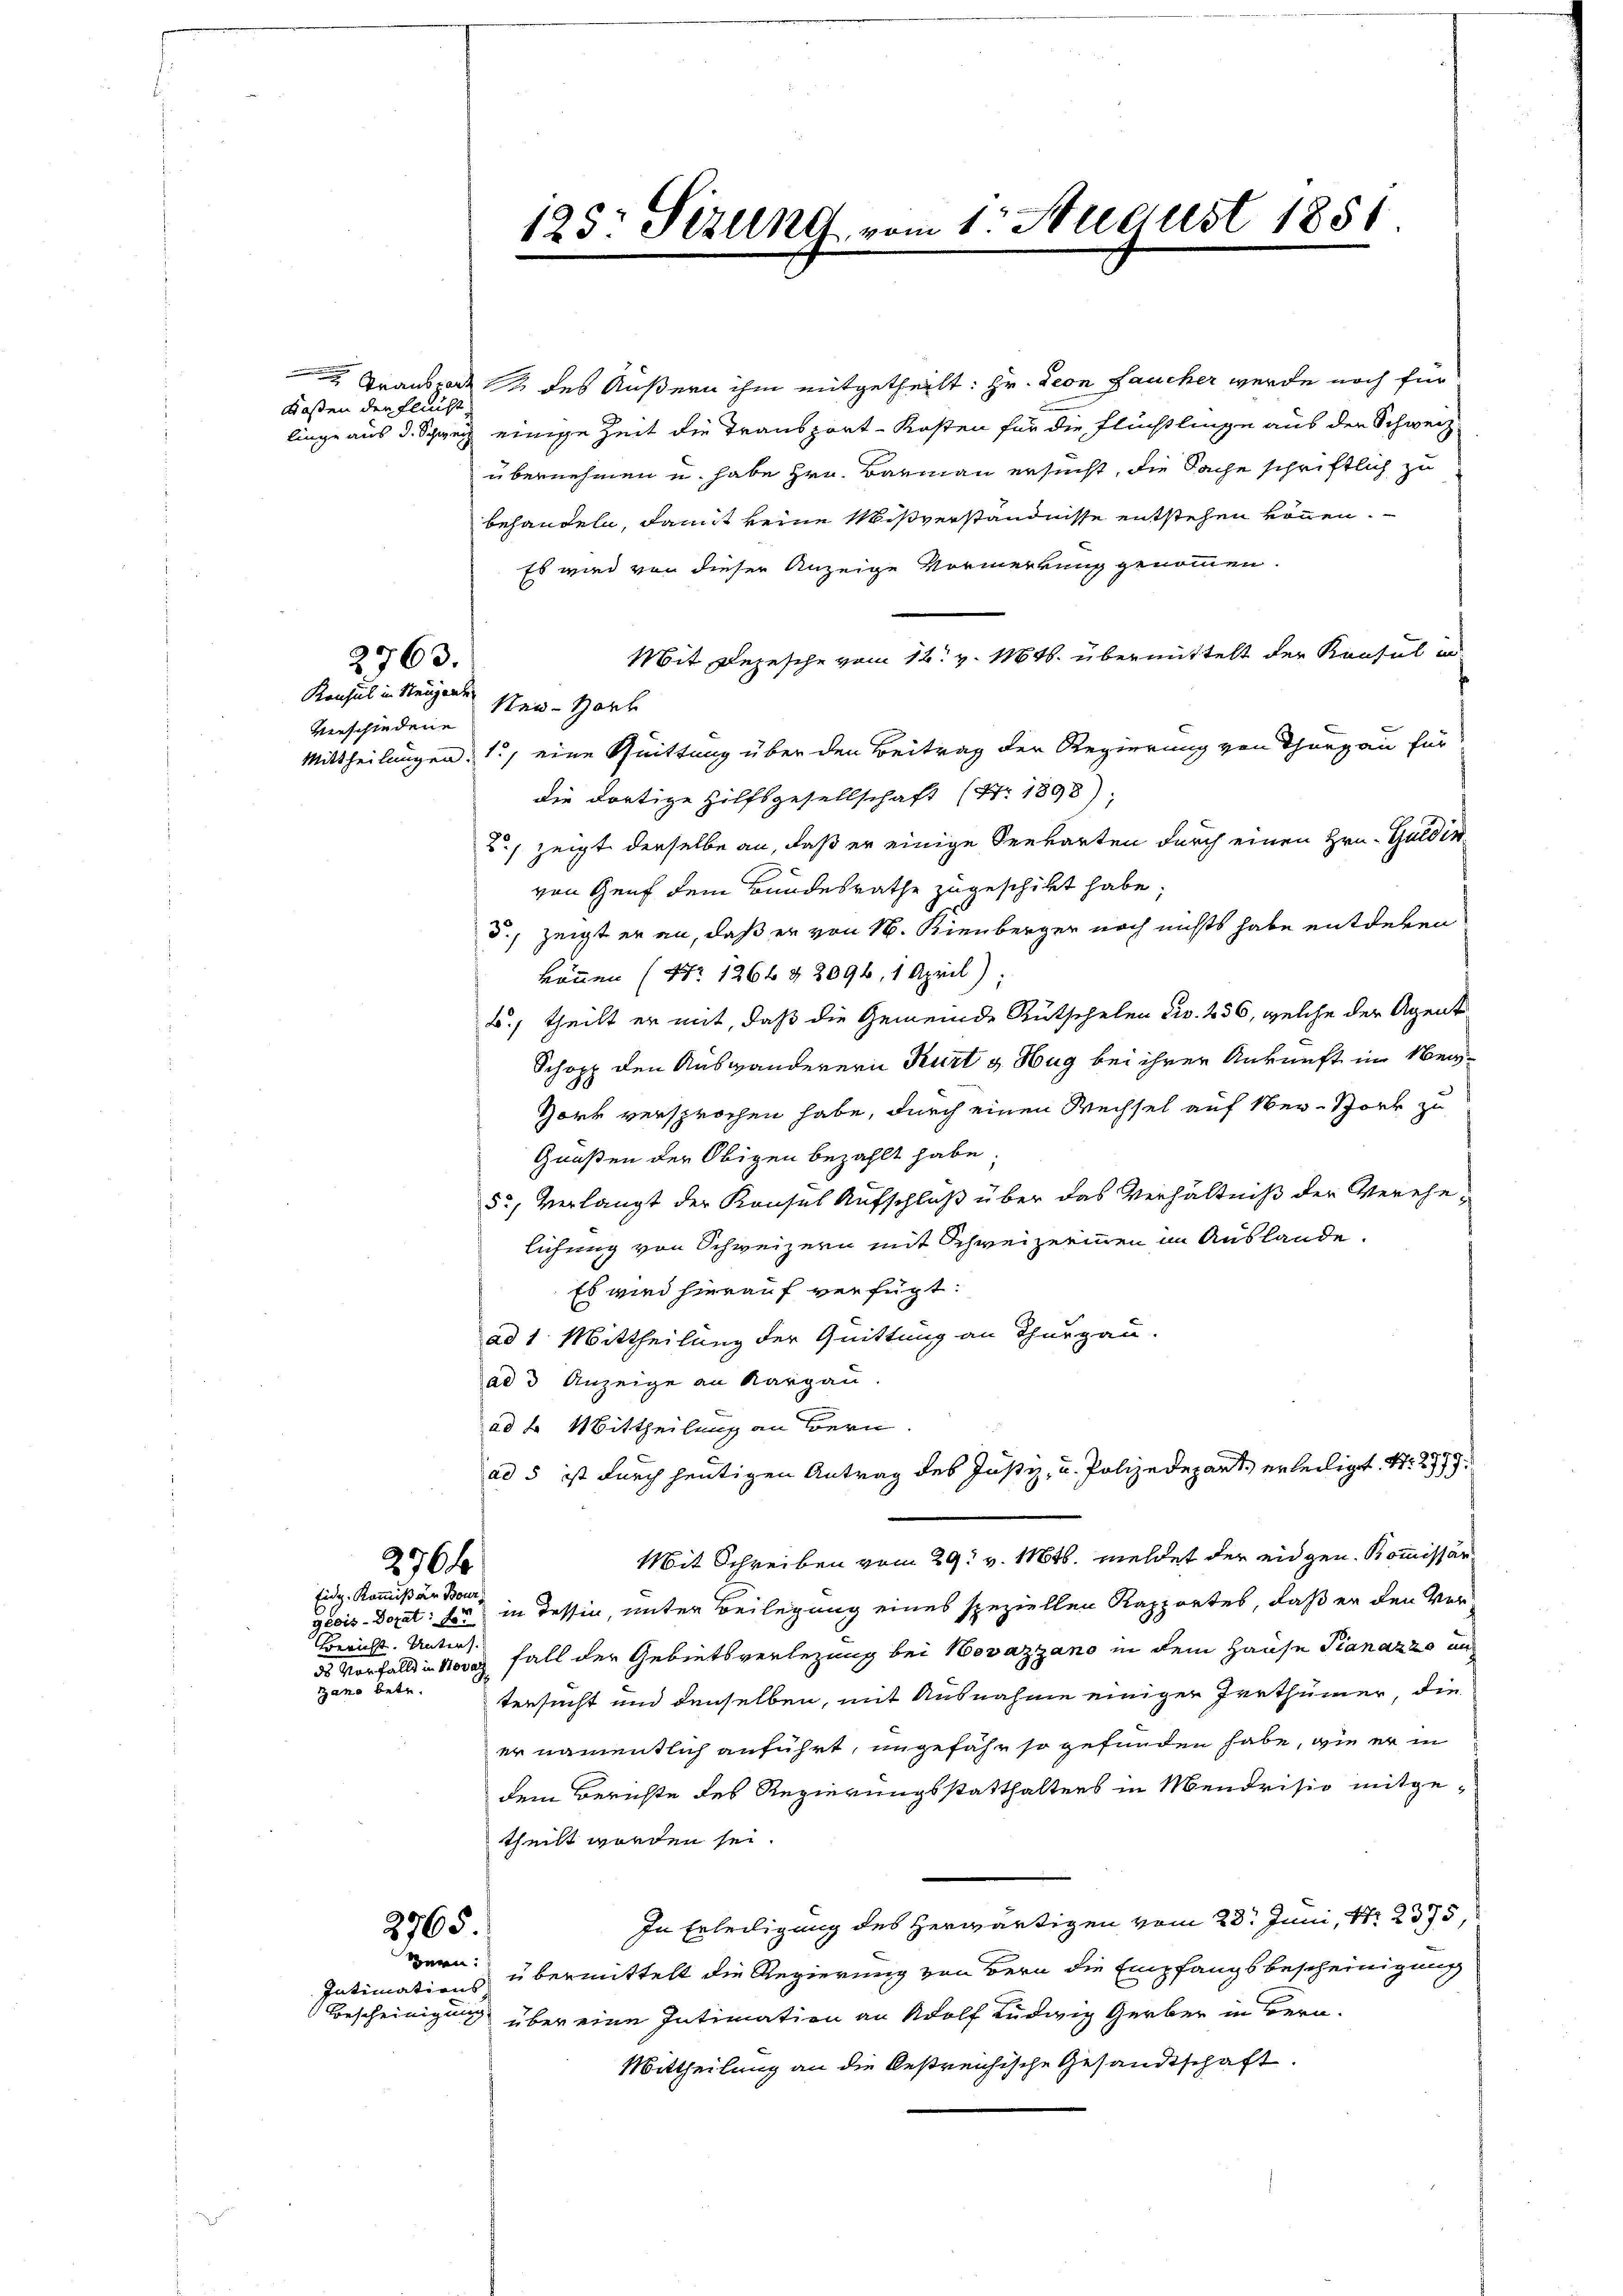
Kaßen der Flucht,

2763.

Konsul in Neugent
verschiedene

2764

Eidg. Kommißär Bour
Bericht. Unters.
gano betr.

Intimations

draussage des Äußern ihm mitgetheilt: Hr. Leon Laucher werde noch für
linge aus d. Schweiz einige Zeit die Transport-Kosten für die Flüchtlinge aus den Schweiz
übernehmen u. habe Hrn. Barmann ersucht, die Sache schriftlich zu
behandeln, damit keine Mißverständnisse entstehen können.
Es wird von dieser Anzeige Vormerkung genommen.
Mit Depesche vom 12. v. 1816. übermittelt der Konsul in
ster-Hork
Mittheilungen. 1) eine Quittung über den Beitrag der Regierung von Thurgau für
die dortige Hilfsgesellschaft (Nr. 1898):
2) zeigt derselbe an, daß er einige Seewarten durch einen Hrn. Gulden
von Genf dem Bundesrathe zugeschikt habe
5., zeigt er an, daß er von 16. Sienberger noch nichts habe entdeken
können (Nr. 1266 § 2096, 1 April)
B., theilt er mit, daß die Gemeinde Rutschelen civ. 236, welche der Agent
Schopp den Auswanderern Kurt v. Hug bei ihrer Ankunft im Ver¬
Hork versprochen habe, durch einen Wechsel auf Ober-Stock zu
Gunsten der Obigen bezahlt habe.
5, Verlangt der Konsul Aufschluß über das Verhältniß der Verehelichung von Schweizern mit Schweizerinnen im Auslande.
Es wird hierauf verfügt:
ad 1. Mittheilung der Quittung an Thurgau.
ad 3 Anzeige an Kargau.
ad b. Mittheilung an Bern
ad 5 ist durch heutigen Antrag des Justiz, u. Polizedepart erledigt. N. 2779.
Mit Schreiben vom 29. v. 116t. meldet der eidgen. Kommissärgeois-Dozat: Er in dessin, unter Beilegung eines speziellen Rapportes, daß er den Verds Vorfalls in Novaz fall der Gebietsverlegung bei Hovazzano in dem Hause Pianazze an
tersucht und denselben, mit Ausnahme einiger Irrthümer, die
er namentlich anführt, ungefähr so gefunden habe, wie er in
dem Berichte des Regierungsstatthalters in Mendrisio mitgetheilt worden sei.
In Erteiligung des Herwärtigen vom 28. Juni, 4 2375,
Hern übermittelt die Regierung von Bern die Empfangs bescheinigung
Bescheinigung über eine Intimation an Wolf Ludwig Gerber in Bern.
Mittheilung an die bestreichische Gesandtschaft.

2765.

125: Sizung vom 1. August 1851